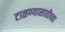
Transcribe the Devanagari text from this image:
टाळण्यासाठीच्या